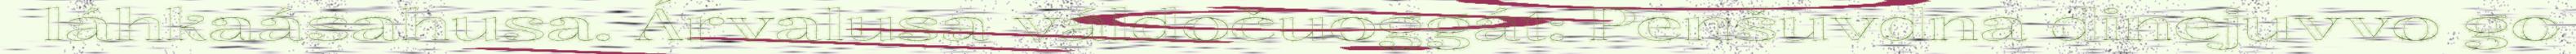
láhkaásahusa. Árvalusa váldočuoggát: Penšuvdna dinejuvvo go